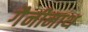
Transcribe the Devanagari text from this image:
गैनीनाथ